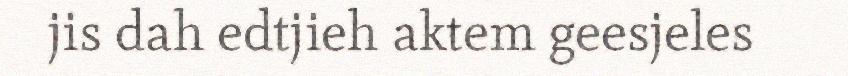
jis dah edtjieh aktem geesjeles